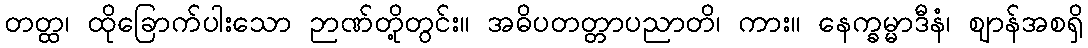
တတ္ထ၊ ထိုခြောက်ပါးသော ဉာဏ်တို့တွင်း။ အဓိပတတ္တာပညာတိ၊ ကား။ နေက္ခမ္မာဒီနံ၊ ဈာန်အစရှိ